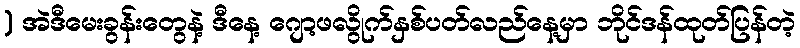
) အဲဒီမေးခွန်းတွေနဲ့ ဒီနေ့ ဂျော့ဖလွိုက်နှစ်ပတ်လည်နေ့မှာ ဘိုင်ဒန်ထုတ်ပြန်တဲ့